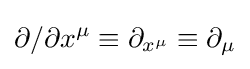
\partial /\partial x^{\mu }\equiv \partial _{x^{\mu }}\equiv \partial _{\mu }